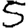
Digit: 5